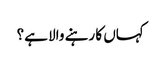
کہاں کا رہنے والا ہے؟